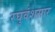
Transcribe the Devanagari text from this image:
रघुवंशसार